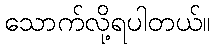
သောက်လို့ရပါတယ်။